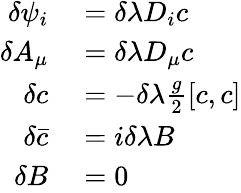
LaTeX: \begin{array}{rl}{\delta\psi_{i}}&{{}=\delta\lambda D_{i}c}\\ {\delta A_{\mu}}&{{}=\delta\lambda D_{\mu}c}\\ {\delta c}&{{}=-\delta\lambda{\frac{g}{2}}[c,c]}\\ {\delta{\bar{c}}}&{{}=i\delta\lambda B}\\ {\delta B}&{{}=0}\end{array}